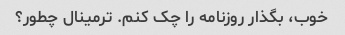
خوب، بگذار روزنامه را چک کنم. ترمینال چطور؟